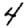
Digit: 4